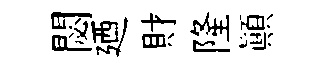
閟廼財隆顛